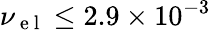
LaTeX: \nu_{\mathrm{~e~l~}}\leq 2.9\times 10^{-3}